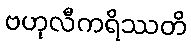
ဗဟုလီကရိဿတိ